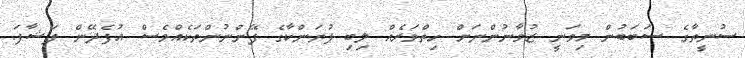
ސުނީތާގެ ސަބަބުން މިވަނީ ޒުވާނުންނަށް ހިތްވަރެއް ލިބި ޕުޔަންކާގެ ފޭންނުންތަކެއްވެސް އުފެދޭން ފަޝާފަ.